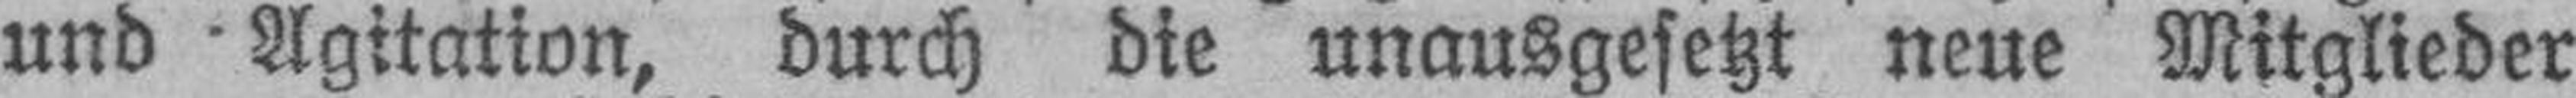
und Agitation, durch die unausgesetzt neue Mitglieder